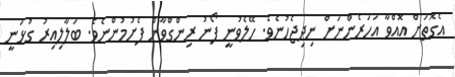
އެގޮތަށް އޮއްވާ އަހަރެންނަށް ނިދިޖެހުނެވެ. ހޭލެވުނީ ފޯނު ރިންގްވާން ފެށުމުންނެވެ. ބަލާލިއިރު ގުޅަނީ